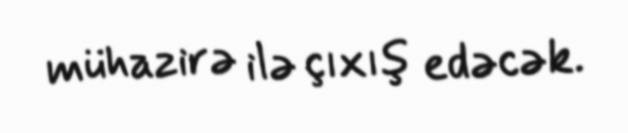
mühazirə ilə çıxış edəcək.